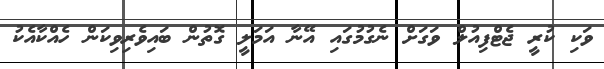
ވަކި ކުރީ ޖެޓްފިއުލް ވަގަށް ނެގުމުގައި އޭނާ އަމަލީ ގޮތުން ބައިވެރިވިކަން ހެއްކާއެކު